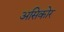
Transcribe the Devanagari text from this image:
असिकोर